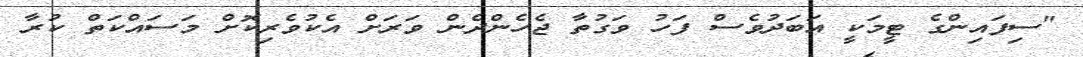
"ސިފައިންގެ ޓީމަކީ އަބަދުވެސް ފަހު ވަގުތާ ޖެހެންދެން ވަރަށް އެކުވެރިކޮށް މަސައްކަތް ކުރާ